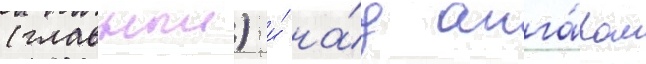
(главныи) и́ на́д анга́ром